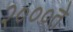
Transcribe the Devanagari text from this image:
२०००ते